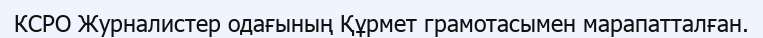
КСРО Журналистер одағының Құрмет грамотасымен марапатталған.